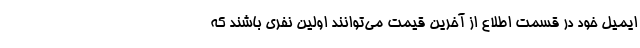
ایمیل خود در قسمت اطلاع از آخرین قیمت می‌توانند اولین نفری باشند که